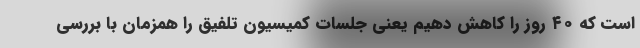
است که ۴۰ روز را کاهش دهیم یعنی جلسات کمیسیون تلفیق را همزمان با بررسی